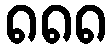
၈၈၈